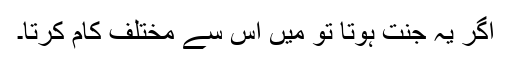
اگر یہ جنت ہوتا تو میں اس سے مختلف کام کرتا۔